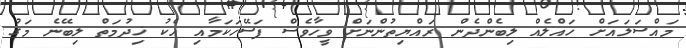
މައްސަލައަށް ހައްލެއް ލިބެންދެން ރައްޔިތުންނަށް ވީހާވެސް ފަސޭހަކަމާއި އެކު ޚިދުމަތް ލިބޭނެ މަގު